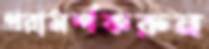
পরামর্শকরুন